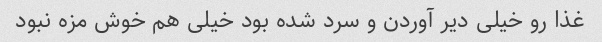
غذا رو خیلی دیر آوردن و سرد شده بود خیلی هم خوش مزه نبود